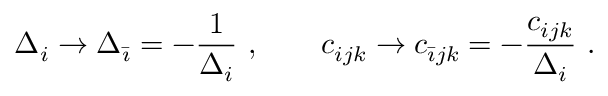
\Delta _ { i } \rightarrow \Delta _ { \bar { \imath } } = - { \frac { 1 } { \Delta _ { i } } } \ , \qquad c _ { i j k } \rightarrow c _ { \bar { \imath } j k } = - { \frac { c _ { i j k } } { \Delta _ { i } } } \ .